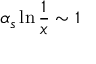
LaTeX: \alpha _ { s } \ln { \frac { 1 } { x } } \sim 1